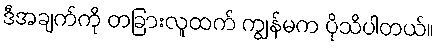
ဒီအချက်ကို တခြားလူထက် ကျွန်မက ပိုသိပါတယ်။